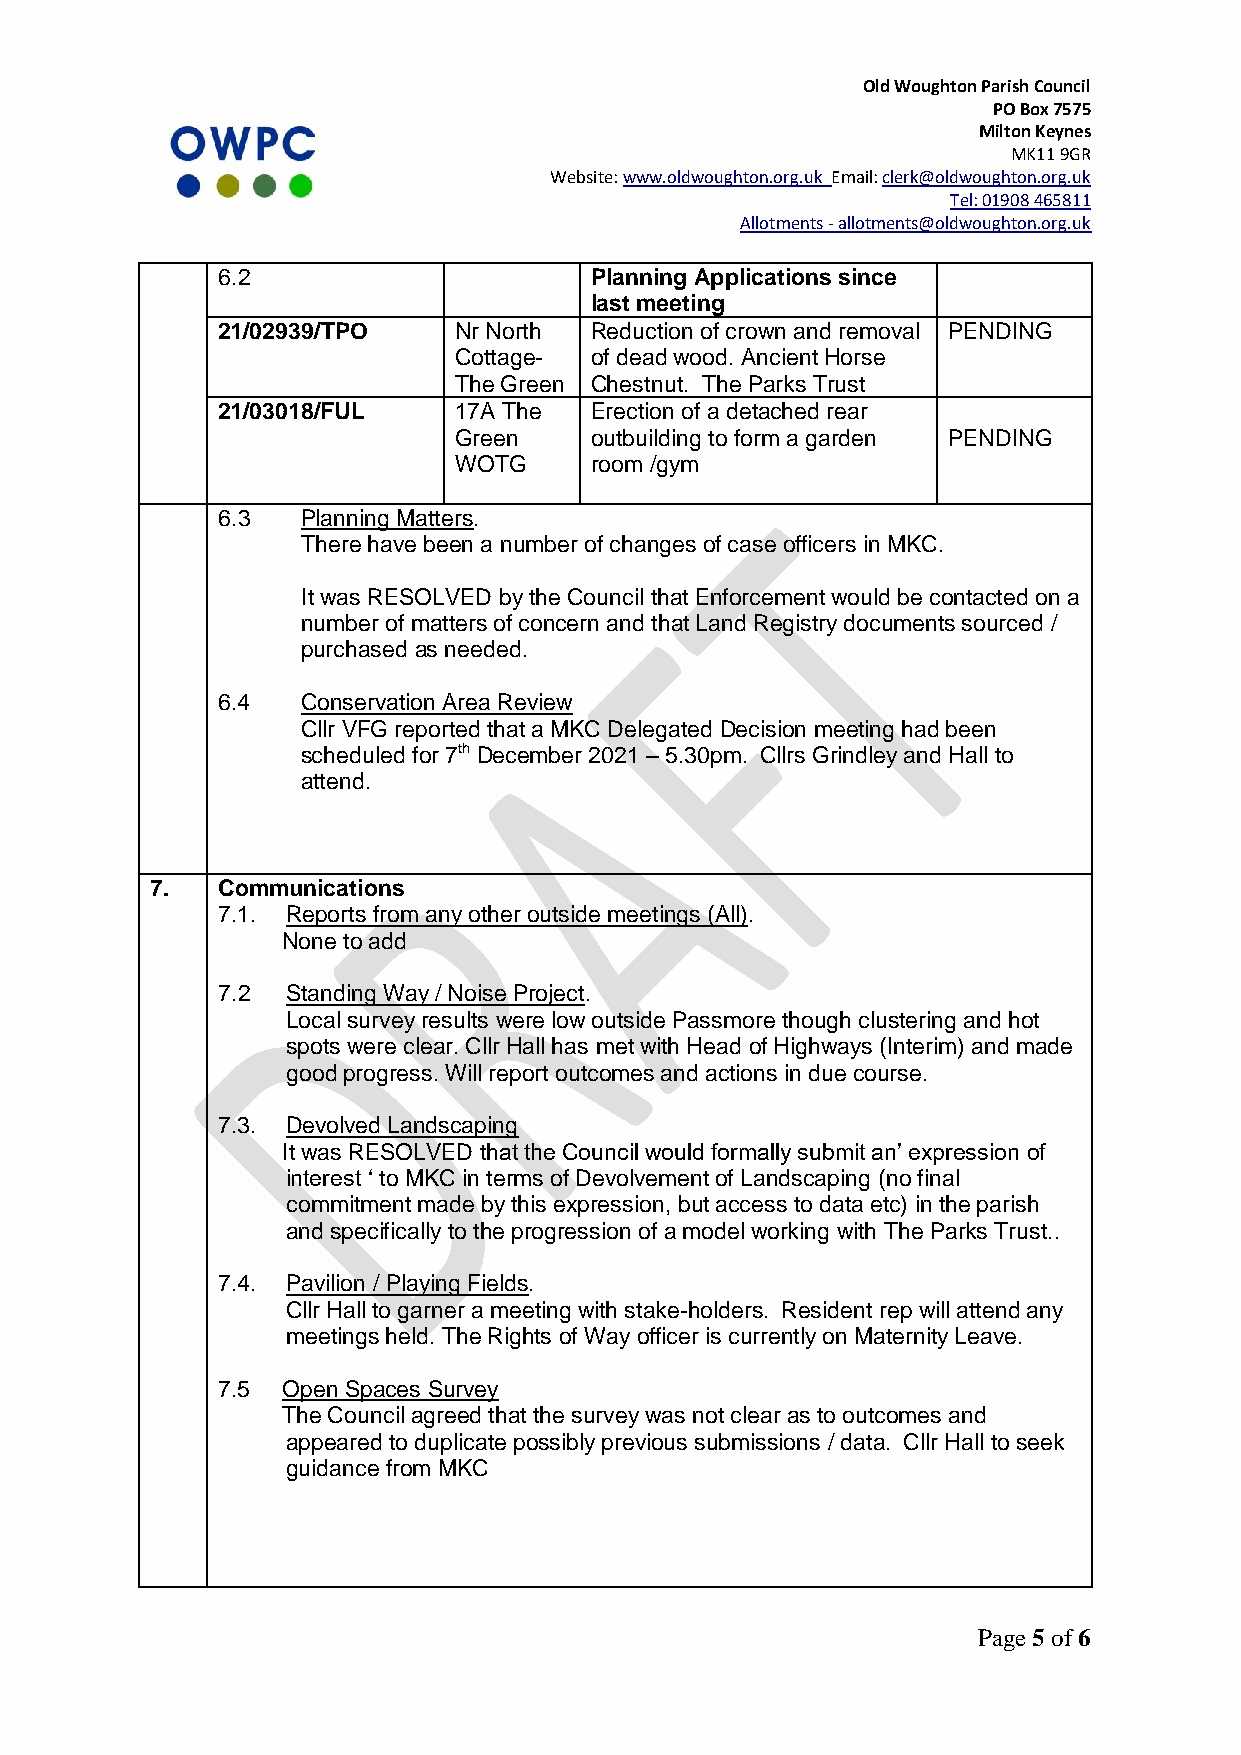
Old Woughton Parish Council
 PO Box 7575
 Milton Keynes
 MK11 9GR
 Website: www.oldwoughton.org.uk Email: clerk@oldwoughton.org.uk
 Tel: 01908 465811
 Allotments - allotments@oldwoughton.org.uk
 6.2                      Planning Applications since
 last meeting
 21/02939/TPO    Nr North Reduction of crown and removal PENDING
 Cottage- of dead wood. Ancient Horse
 The Green Chestnut. The Parks Trust
 21/03018/FUL    17A The  Erection of a detached rear
 Green    outbuilding to form a garden PENDING
 WOTG     room /gym
 6.3   Planning Matters.
 There have been a number of changes of case officers in MKC.
 It was RESOLVED by the Council that Enforcement would be contacted on a
 number of matters of concern and that Land Registry documents sourced /
 purchased as needed.
 6.4   Conservation Area Review
 Cllr VFG reported that a MKC Delegated Decision meeting had been
 scheduled for 7th December 2021 – 5.30pm. Cllrs Grindley and Hall to
 attend.
 7.  Communications
 7.1. Reports from any other outside meetings (All).
 None to add
 7.2  Standing Way / Noise Project.
 Local survey results were low outside Passmore though clustering and hot
 spots were clear. Cllr Hall has met with Head of Highways (Interim) and made
 good progress. Will report outcomes and actions in due course.
 7.3. Devolved Landscaping
 It was RESOLVED that the Council would formally submit an’ expression of
 interest ‘ to MKC in terms of Devolvement of Landscaping (no final
 commitment made by this expression, but access to data etc) in the parish
 and specifically to the progression of a model working with The Parks Trust..
 7.4. Pavilion / Playing Fields.
 Cllr Hall to garner a meeting with stake-holders. Resident rep will attend any
 meetings held. The Rights of Way officer is currently on Maternity Leave.
 7.5  Open Spaces Survey
 The Council agreed that the survey was not clear as to outcomes and
 appeared to duplicate possibly previous submissions / data. Cllr Hall to seek
 guidance from MKC
 Page 5 of 6